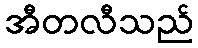
အီတလီသည်